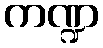
ကဏ္ဍ